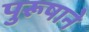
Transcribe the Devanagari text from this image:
पुरूषाने